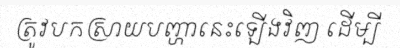
ត្រូវបកស្រាយបញ្ហានេះឡើងវិញ ដើម្បី